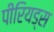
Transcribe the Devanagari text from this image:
पीरियड्स